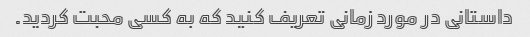
داستانی در مورد زمانی تعریف کنید که به کسی محبت کردید.